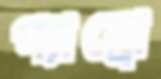
গ্যাব্রো